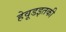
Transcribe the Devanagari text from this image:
हेवूडइतकी